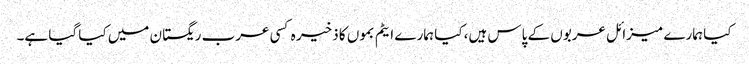
کیا ہمارے میزائل عربوں کے پاس ہیں، کیا ہمارے ایٹم بموں کا ذخیر ہ کسی عرب ریگستان میں کیا گیا ہے۔